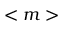
< m >